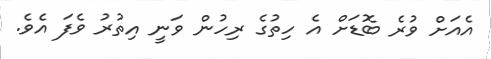
އެއަށް ވުރެ ބޮޑަށް އެ ހިތުގެ ރިހުން ވަނީ އިތުރު ވެފަ އެވެ.